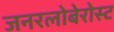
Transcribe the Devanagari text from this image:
जनरलोबेरोस्ट